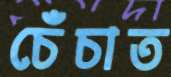
চেঁচাত